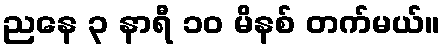
ညနေ ၃ နာရီ ၁၀ မိနစ် တက်မယ်။